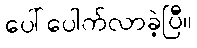
ပေါ်ပေါက်လာခဲ့ပြီ။